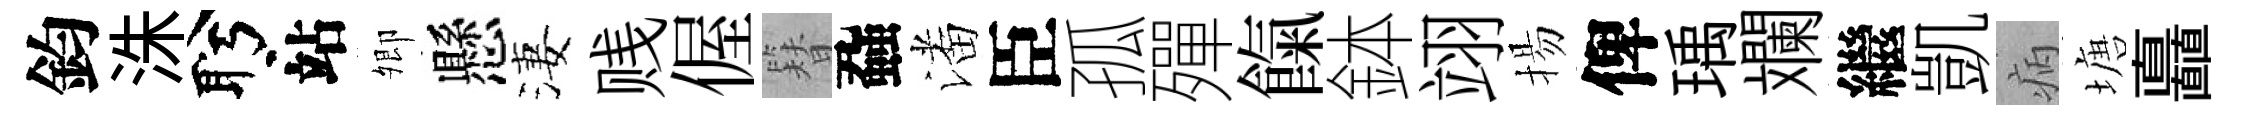
鈞洙盻站𡖖懸淒贱偓簪蝨潘臣孤殫餼鉢翊揚俾瑀斕繼凱病塘矗